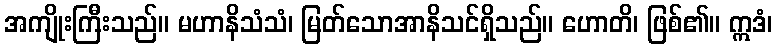
အကျိုးကြီးသည်။ မဟာနိသံသံ၊ မြတ်သောအာနိသင်ရှိသည်။ ဟောတိ၊ ဖြစ်၏။ ဣဒံ၊